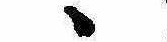
ゝ